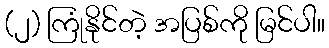
(၂) ကြုံနိုင်တဲ့ အပြစ်ကို မြင်ပါ။